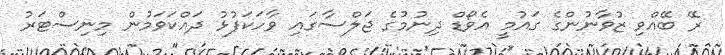
ރޭ ބޭއްވި ޒުވާނުންގެ ގައުމީ އެވޯޑް ދިނުމުގެ ޖަލްސާގައި ވާހަކަފުޅު ދައްކަވަމުން މިނިސްޓަރު